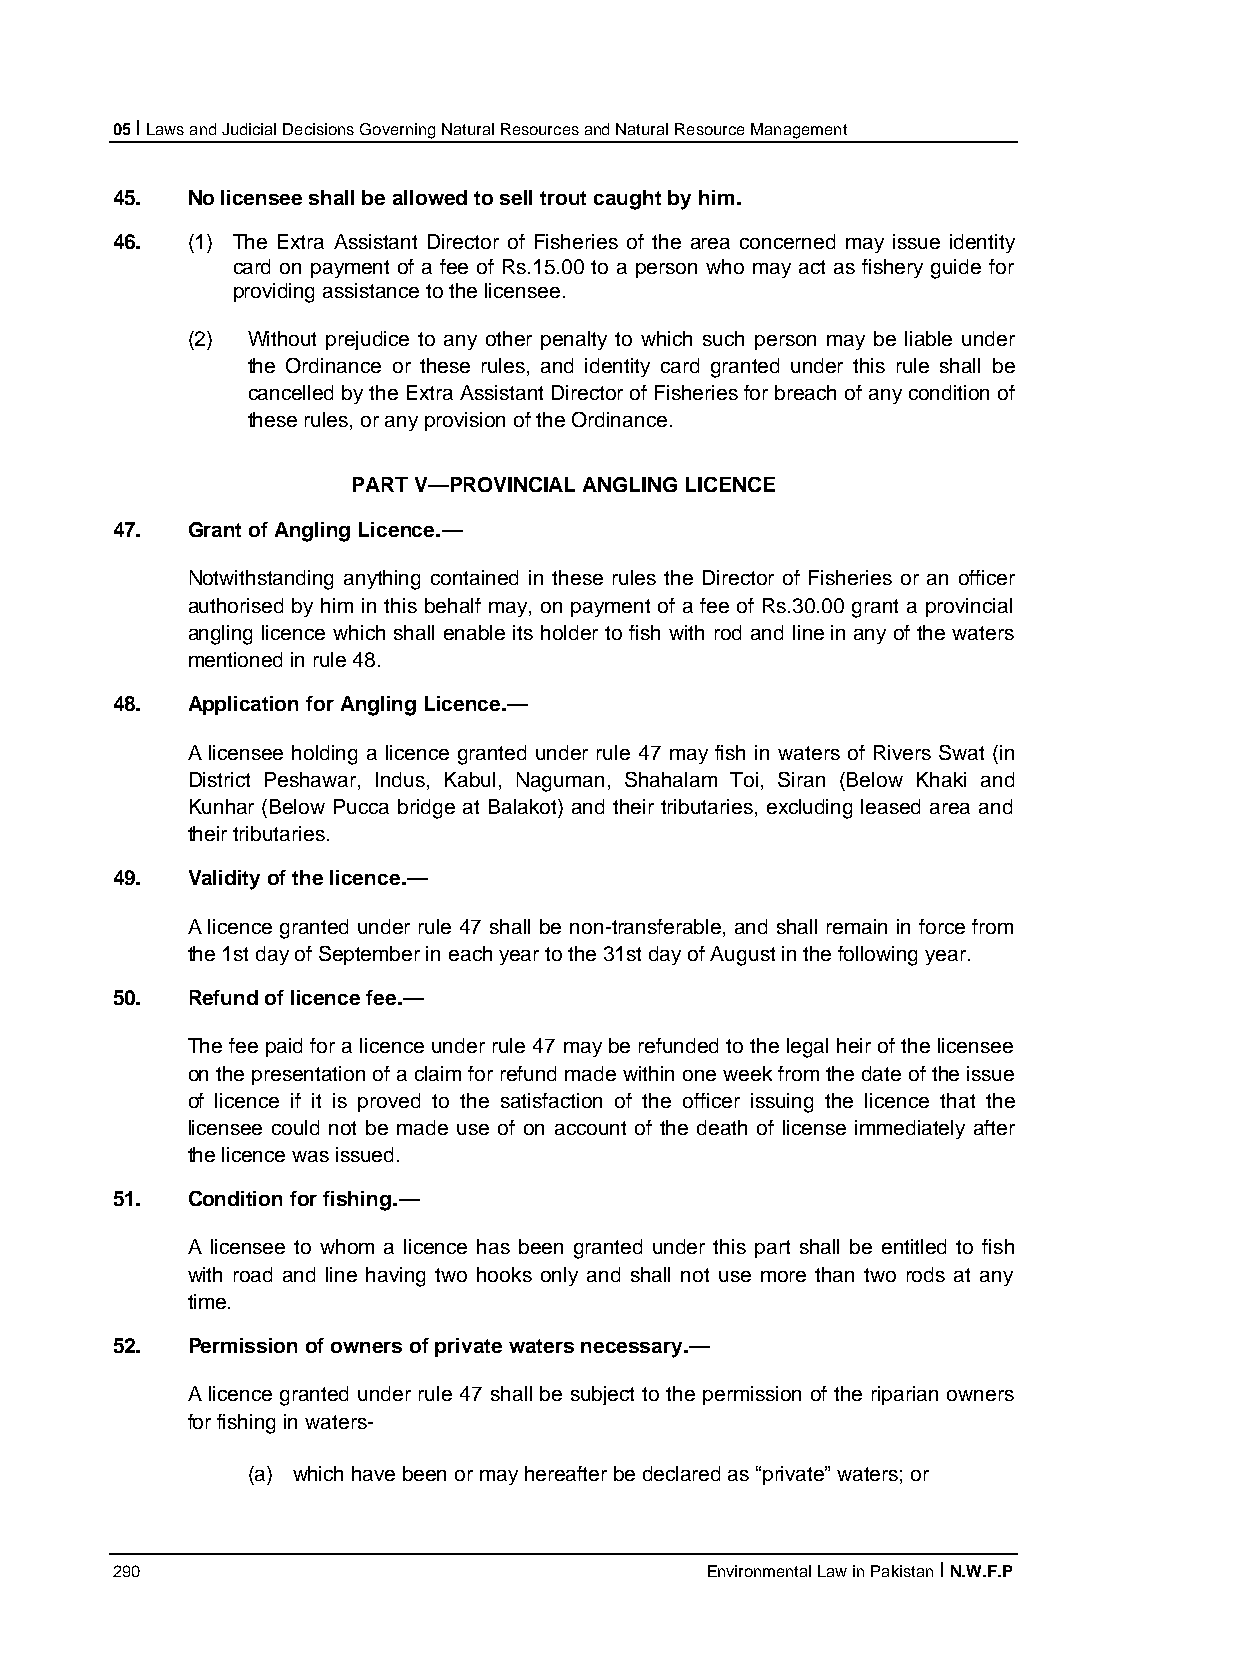
05 I Laws and Judicial Decisions Governing Natural Resources and Natural Resource Management
 45.  No licensee shall be allowed to sell trout caught by him.
 46.  (1) The Extra Assistant Director of Fisheries of the area concerned may issue identity
 card on payment of a fee of Rs.15.00 to a person who may act as fishery guide for
 providing assistance to the licensee.
 (2) Without prejudice to any other penalty to which such person may be liable under
 the Ordinance or these rules, and identity card granted under this rule shall be
 cancelled by the Extra Assistant Director of Fisheries for breach of any condition of
 these rules, or any provision of the Ordinance.
 PART V—PROVINCIAL ANGLING LICENCE
 47.  Grant of Angling Licence.—
 Notwithstanding anything contained in these rules the Director of Fisheries or an officer
 authorised by him in this behalf may, on payment of a fee of Rs.30.00 grant a provincial
 angling licence which shall enable its holder to fish with rod and line in any of the waters
 mentioned in rule 48.
 48.  Application for Angling Licence.—
 A licensee holding a licence granted under rule 47 may fish in waters of Rivers Swat (in
 District Peshawar, Indus, Kabul, Naguman, Shahalam Toi, Siran (Below Khaki and
 Kunhar (Below Pucca bridge at Balakot) and their tributaries, excluding leased area and
 their tributaries.
 49.  Validity of the licence.—
 A licence granted under rule 47 shall be non-transferable, and shall remain in force from
 the 1st day of September in each year to the 31st day of August in the following year.
 50.  Refund of licence fee.—
 The fee paid for a licence under rule 47 may be refunded to the legal heir of the licensee
 on the presentation of a claim for refund made within one week from the date of the issue
 of licence if it is proved to the satisfaction of the officer issuing the licence that the
 licensee could not be made use of on account of the death of license immediately after
 the licence was issued.
 51.  Condition for fishing.—
 A licensee to whom a licence has been granted under this part shall be entitled to fish
 with road and line having two hooks only and shall not use more than two rods at any
 time.
 52.  Permission of owners of private waters necessary.—
 A licence granted under rule 47 shall be subject to the permission of the riparian owners
 for fishing in waters-
 (a) which have been or may hereafter be declared as “private” waters; or
 290                                     Environmental Law in Pakistan I N.W.F.P